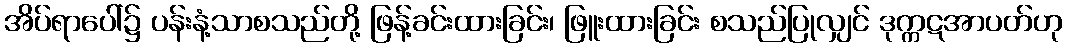
အိပ်ရာပေါ်၌ ပန်းနံ့သာစသည်တို့ ဖြန့်ခင်းထားခြင်း၊ ဖြူးထားခြင်း စသည်ပြုလျှင် ဒုက္ကဋအာပတ်ဟု